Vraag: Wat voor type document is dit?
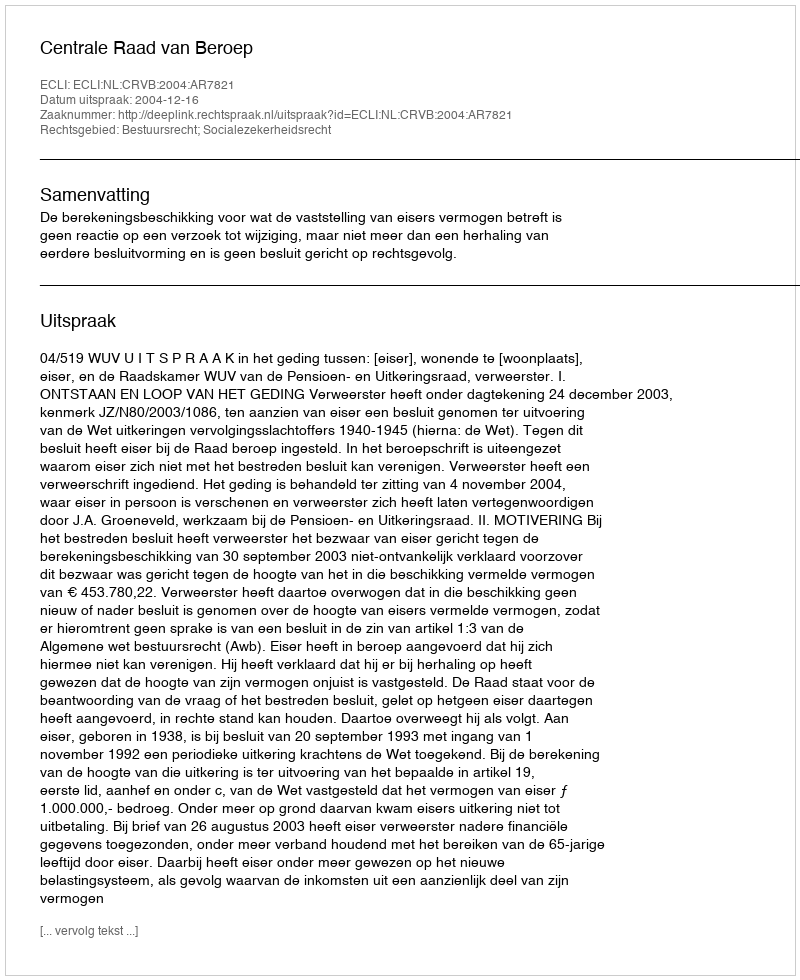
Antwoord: Uitspraak